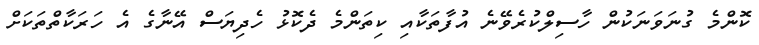
ކޮންމެ ގުނަވަނަކުން ހާސިލްކުރެވޭނެ އުފާތަކާއި ކިތަންމެ ދެކޮޅު ހެދިޔަސް އޭނާގެ އެ ހަރަކާތްތަކަށް